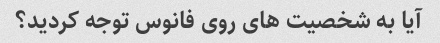
آیا به شخصیت های روی فانوس توجه کردید؟